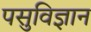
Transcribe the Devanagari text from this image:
पसुविज्ञान